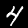
Label: 4